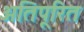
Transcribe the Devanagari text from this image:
अतिपूरित